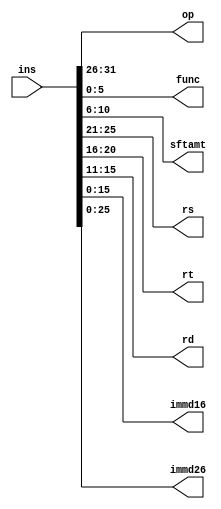
module Decoder(
    input [31:0] ins,
    output [5:0] op,
    output [5:0] func,
    output [4:0] sftamt,
    output [4:0] rs,
    output [4:0] rt,
    output [4:0] rd,
    output [15:0] immd16,
    output [25:0] immd26
    );
    assign op = ins[31:26];
    assign func = ins[5:0];
    assign sftamt = ins[10:6];
    assign rs = ins[25:21];
    assign rt = ins[20:16];
    assign rd = ins[15:11];
    assign immd16 = ins[15:0];
    assign immd26 = ins[25:0];
endmodule